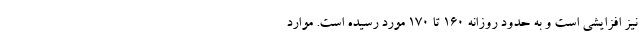
نیز افزایشی است و به حدود روزانه ۱۶۰ تا ۱۷۰ مورد رسیده است. موارد